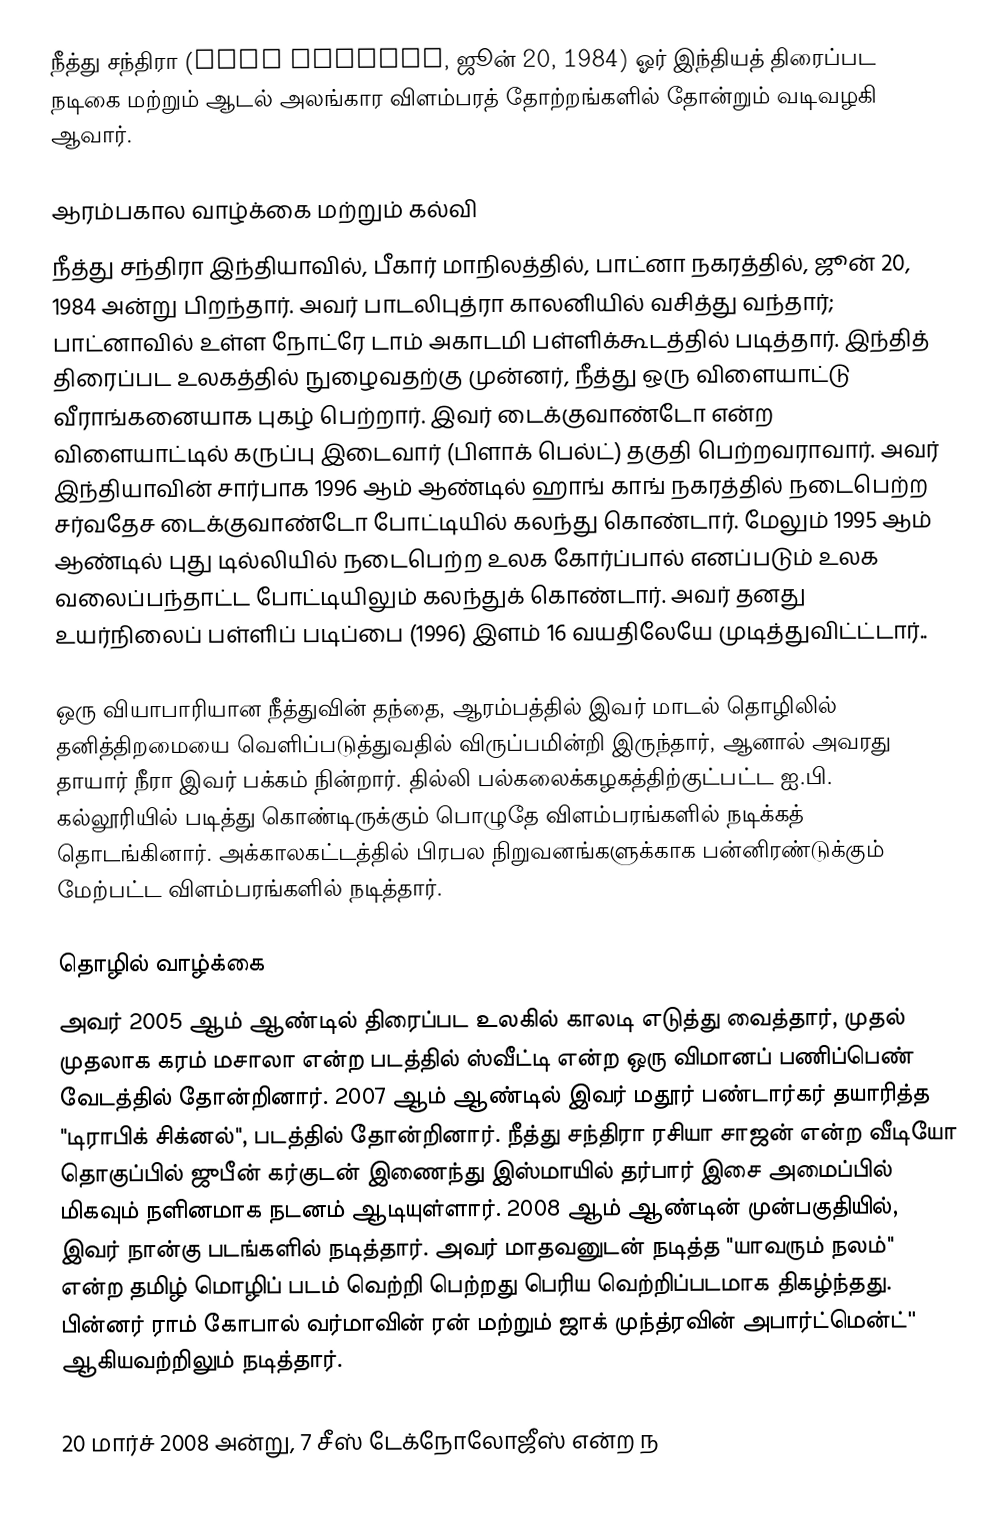
நீத்து சந்திரா (Nitu Chandra, ஜூன் 20, 1984) ஓர் இந்தியத் திரைப்பட நடிகை மற்றும் ஆடல் அலங்கார விளம்பரத் தோற்றங்களில் தோன்றும் வடிவழகி ஆவார்.

ஆரம்பகால வாழ்க்கை மற்றும் கல்வி
நீத்து சந்திரா இந்தியாவில், பீகார் மாநிலத்தில், பாட்னா நகரத்தில், ஜூன் 20, 1984 அன்று பிறந்தார். அவர் பாடலிபுத்ரா காலனியில் வசித்து வந்தார்; பாட்னாவில் உள்ள நோட்ரே டாம் அகாடமி பள்ளிக்கூடத்தில் படித்தார். இந்தித் திரைப்பட உலகத்தில் நுழைவதற்கு முன்னர், நீத்து ஒரு விளையாட்டு வீராங்கனையாக புகழ் பெற்றார். இவர் டைக்குவாண்டோ என்ற விளையாட்டில் கருப்பு இடைவார் (பிளாக் பெல்ட்) தகுதி பெற்றவராவார். அவர் இந்தியாவின் சார்பாக 1996 ஆம் ஆண்டில் ஹாங் காங் நகரத்தில் நடைபெற்ற சர்வதேச டைக்குவாண்டோ போட்டியில் கலந்து கொண்டார். மேலும் 1995 ஆம் ஆண்டில் புது டில்லியில் நடைபெற்ற உலக கோர்ப்பால் எனப்படும் உலக வலைப்பந்தாட்ட போட்டியிலும் கலந்துக் கொண்டார். அவர் தனது உயர்நிலைப் பள்ளிப் படிப்பை (1996) இளம் 16 வயதிலேயே முடித்துவிட்ட்டார்..

ஒரு வியாபாரியான நீத்துவின் தந்தை, ஆரம்பத்தில் இவர் மாடல் தொழிலில் தனித்திறமையை வெளிப்படுத்துவதில் விருப்பமின்றி இருந்தார், ஆனால் அவரது தாயார் நீரா இவர் பக்கம் நின்றார். தில்லி பல்கலைக்கழகத்திற்குட்பட்ட ஐ.பி. கல்லூரியில் படித்து கொண்டிருக்கும் பொழுதே விளம்பரங்களில் நடிக்கத் தொடங்கினார். அக்காலகட்டத்தில் பிரபல நிறுவனங்களுக்காக பன்னிரண்டுக்கும் மேற்பட்ட விளம்பரங்களில் நடித்தார்.

தொழில் வாழ்க்கை
அவர் 2005 ஆம் ஆண்டில் திரைப்பட உலகில் காலடி எடுத்து வைத்தார், முதல் முதலாக கரம் மசாலா என்ற படத்தில் ஸ்வீட்டி என்ற ஒரு விமானப் பணிப்பெண் வேடத்தில் தோன்றினார். 2007 ஆம் ஆண்டில் இவர் மதூர் பண்டார்கர் தயாரித்த  "டிராபிக் சிக்னல்",  படத்தில் தோன்றினார். நீத்து சந்திரா ரசியா சாஜன் என்ற வீடியோ தொகுப்பில் ஜுபீன் கர்குடன் இணைந்து இஸ்மாயில் தர்பார் இசை அமைப்பில் மிகவும் நளினமாக நடனம் ஆடியுள்ளார். 2008 ஆம் ஆண்டின் முன்பகுதியில், இவர் நான்கு படங்களில் நடித்தார். அவர் மாதவனுடன் நடித்த "யாவரும் நலம்" என்ற தமிழ் மொழிப் படம் வெற்றி பெற்றது பெரிய வெற்றிப்படமாக திகழ்ந்தது. பின்னர் ராம் கோபால் வர்மாவின் ரன் மற்றும் ஜாக் முந்த்ரவின் அபார்ட்மென்ட்'' ஆகியவற்றிலும் நடித்தார்.

20 மார்ச் 2008 அன்று, 7 சீஸ் டேக்நோலோஜீஸ் என்ற ந